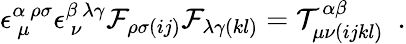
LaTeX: \epsilon_{~\mu}^{\alpha~\rho\sigma}\epsilon_{~\nu}^{\beta~\lambda\gamma}{\cal F}_{\rho\sigma(ij)}{\cal F}_{\lambda\gamma(kl)}={\cal T}_{\mu\nu(ijkl)}^{\alpha\beta}\ \ .